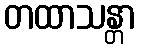
တထာသန္တာ